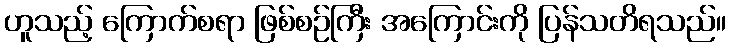
ဟူသည့် ကြောက်စရာ ဖြစ်စဉ်ကြီး အကြောင်းကို ပြန်သတိရသည်။